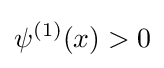
\psi ^{(1)}(x)>0